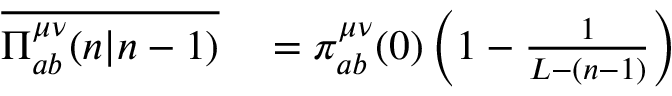
\begin{array} { r l } { \overline { { \Pi _ { a b } ^ { \mu \nu } ( n | n - 1 ) } } } & { { } = \pi _ { a b } ^ { \mu \nu } ( 0 ) \left( 1 - \frac { 1 } { L - ( n - 1 ) } \right) } \end{array}